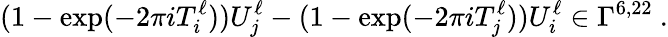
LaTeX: (1-\exp(-2\pi iT_{i}^{\ell}))U_{j}^{\ell}-(1-\exp(-2\pi iT_{j}^{\ell}))U_{i}^{\ell}\in\Gamma^{6,22}~.